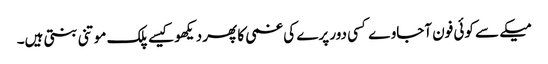
میکے سے کوئی فون آجاوے کسی دور پرے کی غمی کا پھر دیکھو کیسے پلک موتنی بنتی ہیں۔